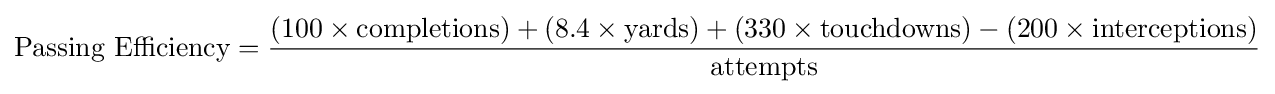
{\text{Passing Efficiency}}={(100\times {\text{completions}})+(8.4\times {\text{yards}})+(330\times {\text{touchdowns}})-(200\times {\text{interceptions}}) \over {\text{attempts}}}